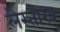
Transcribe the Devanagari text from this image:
लेस्तोरव